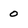
Character: 0